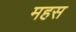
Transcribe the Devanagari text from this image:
महस